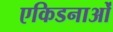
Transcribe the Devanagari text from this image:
एकिडनाओं